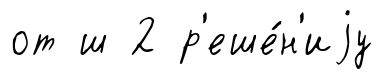
от ш 2 р'еше́н'иjу